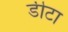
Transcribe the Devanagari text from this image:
डीटा